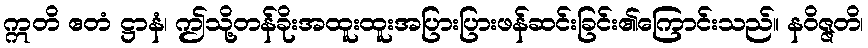
ဣတိ ဧတံ ဋ္ဌာနံ၊ ဤသို့တန်ခိုးအထူးထူးအပြားပြားဖန်ဆင်းခြင်း၏ကြောင်းသည်။ နဝိဇ္ဇတိ၊